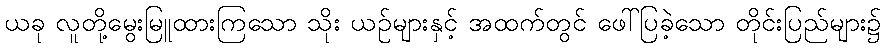
ယခု လူတို့မွေးမြူထားကြသော သိုး ယဉ်များနှင့် အထက်တွင် ဖေါ်ပြခဲ့သော တိုင်းပြည်များ၌